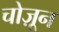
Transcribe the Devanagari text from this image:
चोज़ून